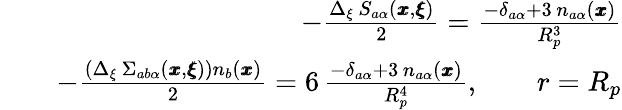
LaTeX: \begin{array}{rlr}&{}&{-\frac{{\Delta_{\xi}\, S_{a\alpha}({\pmb x},{\pmb\xi})}}{2}=\frac{-\delta_{a\alpha}+3\, n_{a\alpha}({\pmb x})}{R_{p}^{3}}}\\ &{}&{-\frac{\left(\Delta_{\xi}\, \Sigma_{ab\alpha}({\pmb x},{\pmb\xi})\right)n_{b}({\pmb x})}{2}=6\, \frac{-\delta_{a\alpha}+3\, n_{a\alpha}({\pmb x})}{R_{p}^{4}},\qquad r=R_{p}}\end{array}